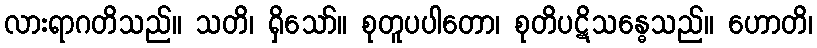
လားရာဂတိသည်။ သတိ၊ ရှိသော်။ စုတူပပါတော၊ စုတိပဋိသန္ဓေသည်။ ဟောတိ၊